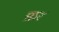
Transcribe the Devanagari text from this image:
प्रार